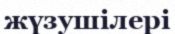
жүзушілері